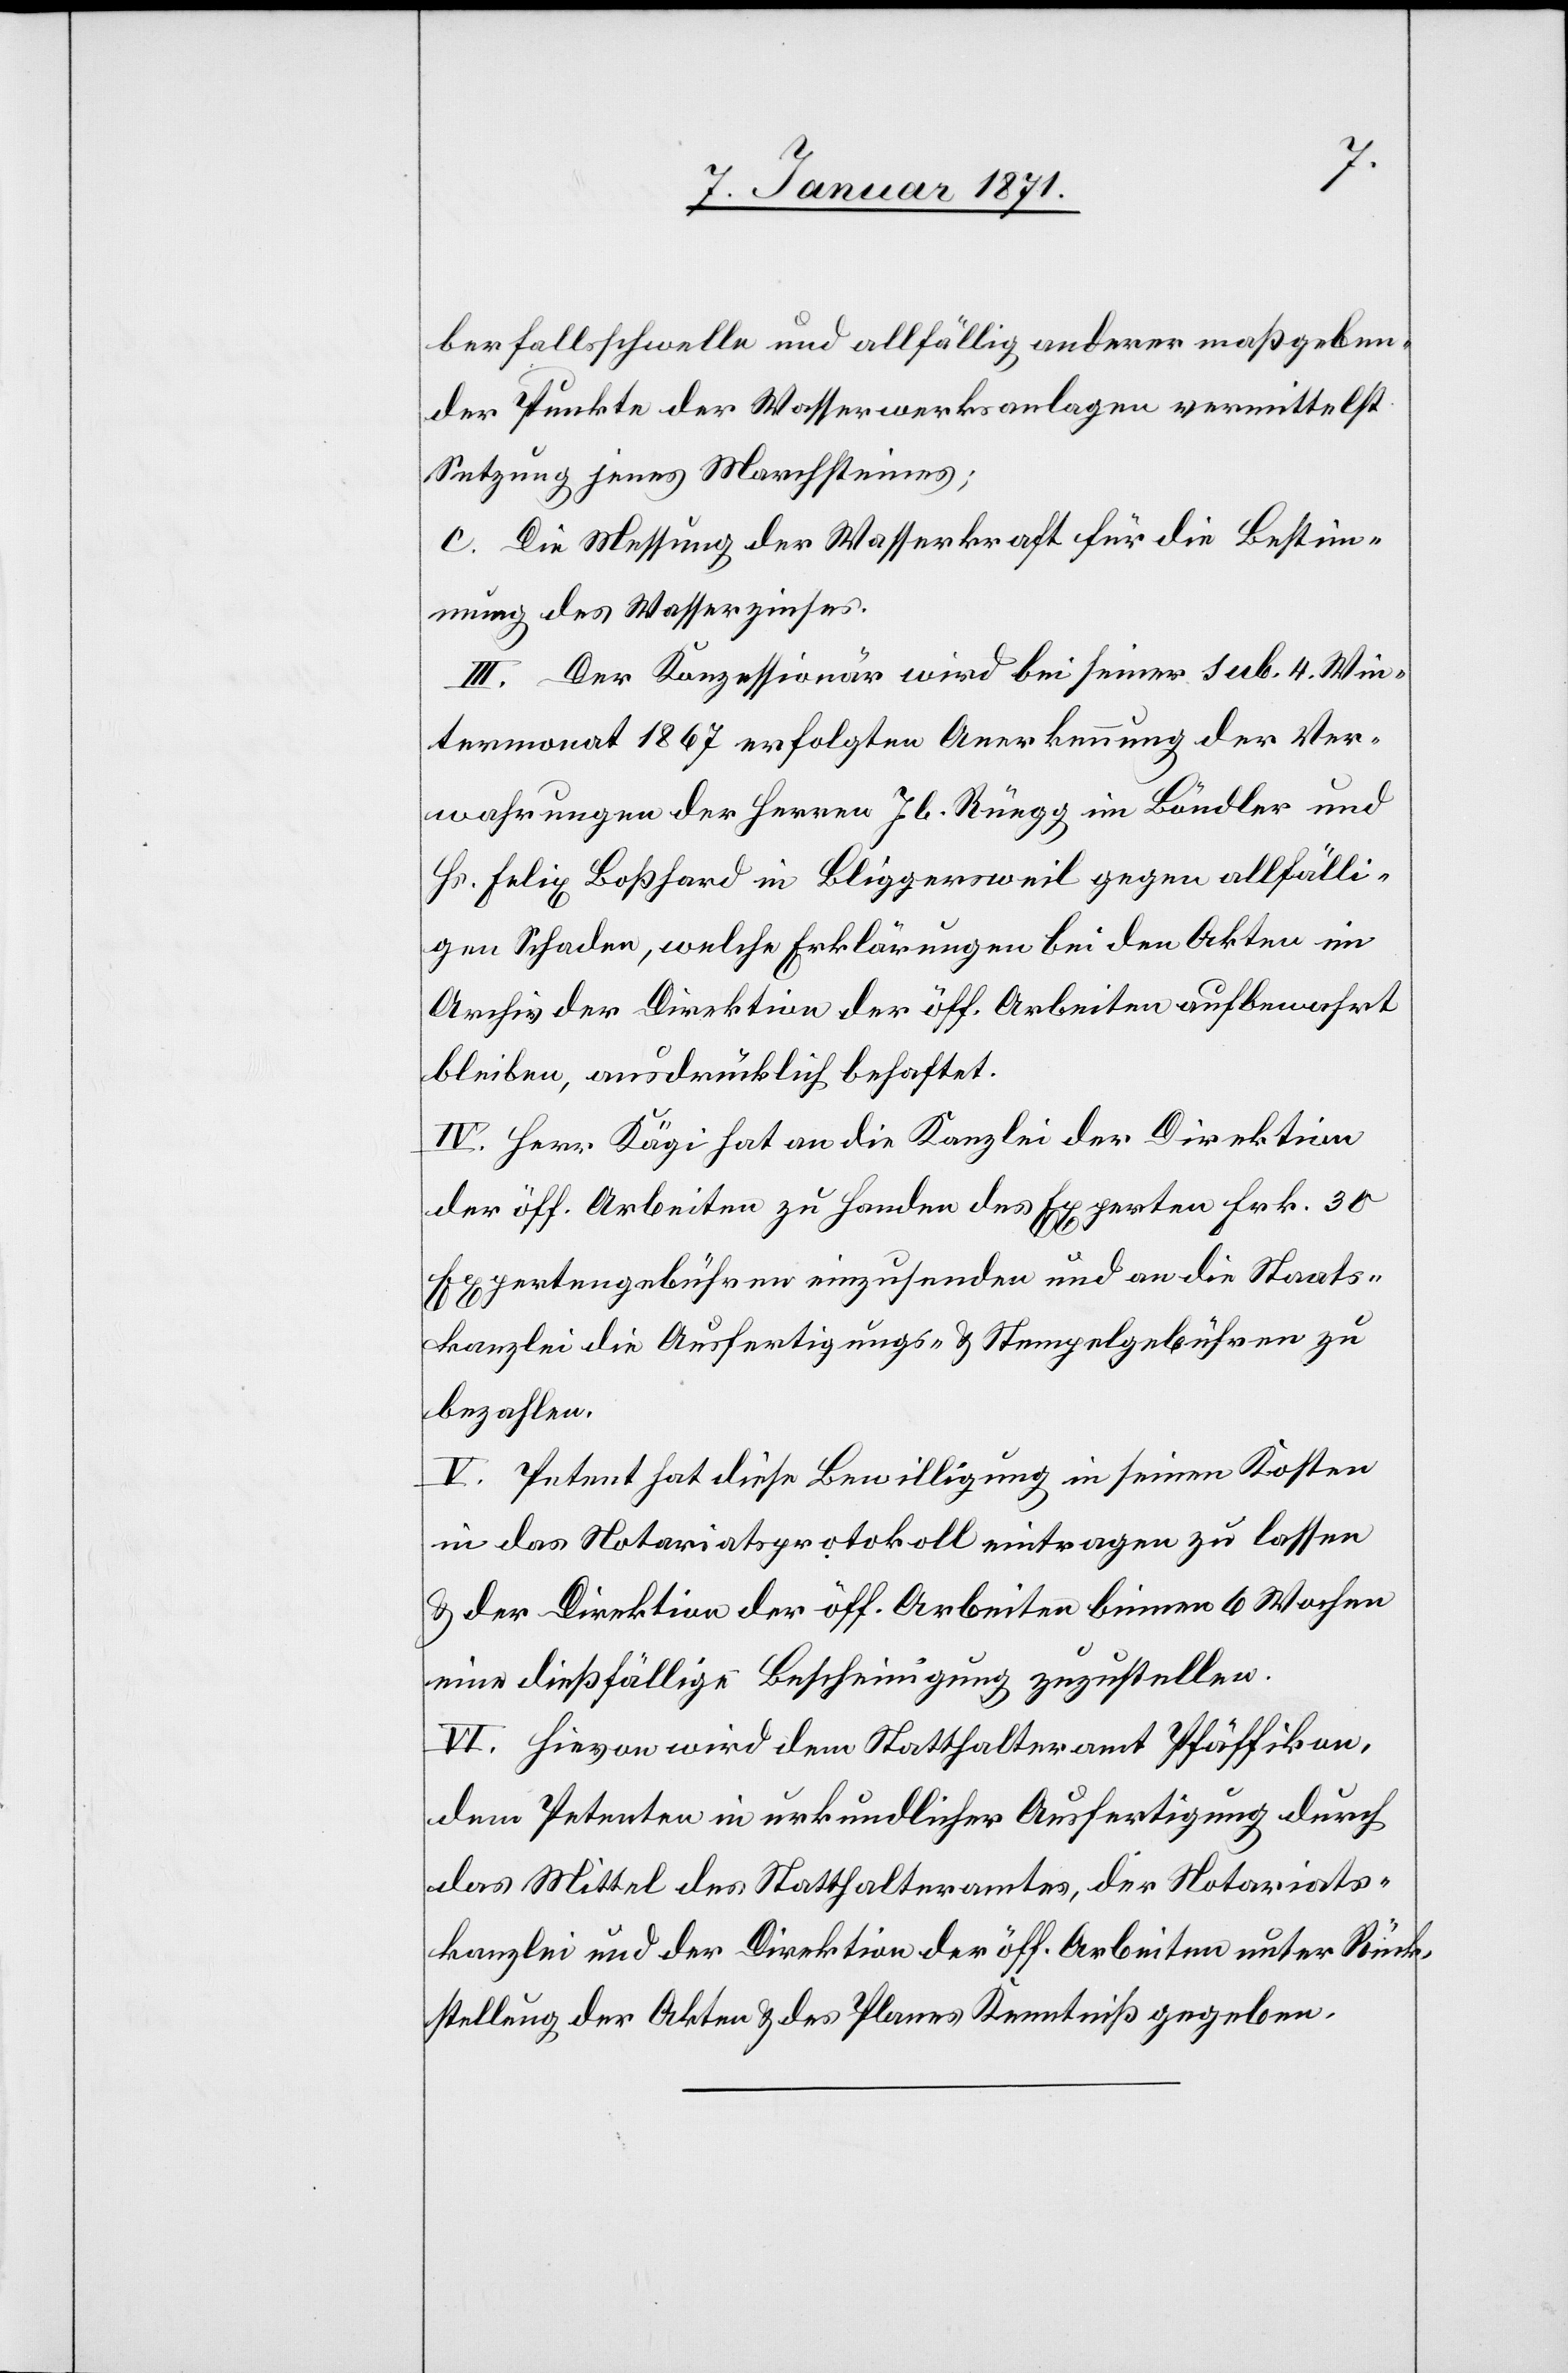
berfallsschwelle und allfällig anderer maßgeben¬
der Punkte der Wasserwerksanlagen vermittelst
Setzung jenes Marchsteines;
c. Die Messung der Wasserkraft für die Bestim¬
mung des Wasserzinses.
III. Der Konzessionär wird bei seiner sub. 4. Win¬
termonat 1867 erfolgten Anerkennung der Ver¬
wahrungen der Herren Jb. Rüegg im Böndler
Hs. Felix Boßhard in Bliggersweil gegen allfälli¬
gen Schaden, welche Erklärungen bei den Akten im
Archiv der Direktion der öff. Arbeiten aufbewahrt
bleiben, ausdrücklich behaftet.
IV. Herr Kägi hat an die Kanzlei der Direktion
der öff. Arbeiten zu Handen des Experten Frk. 30
Expertengebühren einzusenden und an die Staats¬
kanzlei die Ausfertigungs- u. Stempelgebühren zu
bezahlen.
V. Petent hat diese Bewilligung in seinen Kosten
in das Notariatsprotokoll eintragen zu lassen
u. der Direktion der öff. Arbeiten binnen 6 Wochen
eine dießfällige Bescheinigung zuzustellen.
VI. Hievon wird dem Statthalteramt Pfäffikon,
dem Petenten in urkundlicher Ausfertigung durch
das Mittel des Statthalteramtes, der Notariats¬
kanzlei und der Direktion der öff. Arbeiten unter Rück¬
stellung der Akten u. des Planes Kenntniß gegeben.